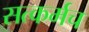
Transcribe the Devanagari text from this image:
सत्कर्मच